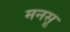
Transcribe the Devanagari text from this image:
मनसू